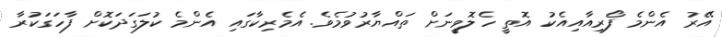
އޭރު އެންމެ ފޯރިއާއިއެކު އޮތީ ހެލޮވީނަށް ތައްޔާރުވުމެވެ. އެމެރިކާގައި އެންމެ ކުލަގަދަކޮށް ފާހަގަކުރާ